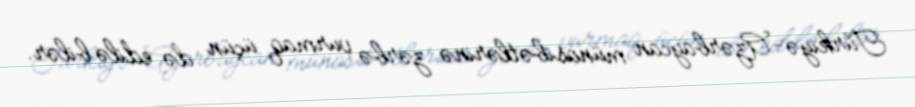
Türkiyə-Azərbaycan münasibətlərinə zərbə vurmaq üçün də edilə bilər.